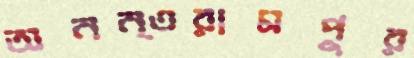
অনন্তরামপুর